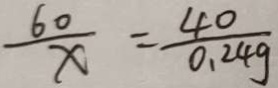
\frac { 6 0 } { x } = \frac { 4 0 } { 0 . 2 4 g }